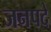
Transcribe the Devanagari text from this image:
जनपदे